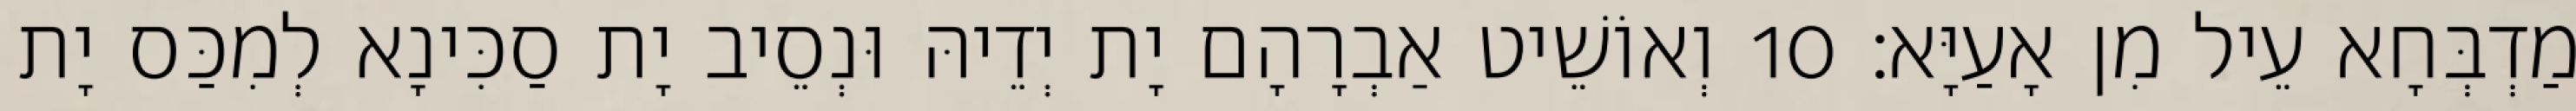
מַדְבְּחָא עֵיל מִן אָעַיָּא׃ 10 וְאוֹשֵׁיט אַבְרָהָם יָת יְדֵיהּ וּנְסֵיב יָת סַכִּינָא לְמִכַּס יָת